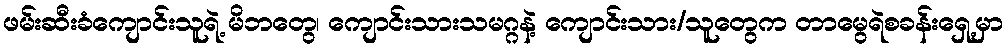
ဖမ်းဆီးခံကျောင်းသူရဲ့ မိဘတွေ၊ ကျောင်းသားသမဂ္ဂနဲ့ ကျောင်းသား/သူတွေက တာမွေရဲစခန်းရှေ့မှာ